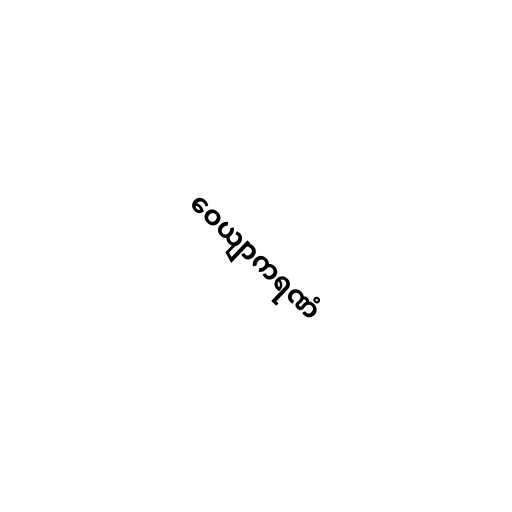
ဝေယျာကရဏံ